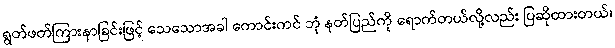
ရွတ်ဖတ်ကြားနာခြင်းဖြင့် သေသောအခါ ကောင်းကင် ဘုံ နတ်ပြည်ကို ရောက်တယ်လို့လည်း ပြဆိုထားတယ်၊